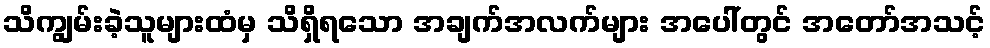
သိကျွမ်းခဲ့သူများထံမှ သိရှိရသော အချက်အလက်များ အပေါ်တွင် အတော်အသင့်